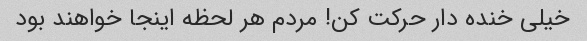
خیلی خنده دار حرکت کن! مردم هر لحظه اینجا خواهند بود